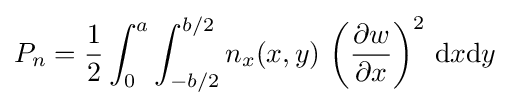
P_{n}={\frac {1}{2}}\int _{0}^{a}\int _{-b/2}^{b/2}n_{x}(x,y)\,\left({\frac {\partial w}{\partial x}}\right)^{2}\,{\text{d}}x{\text{d}}y